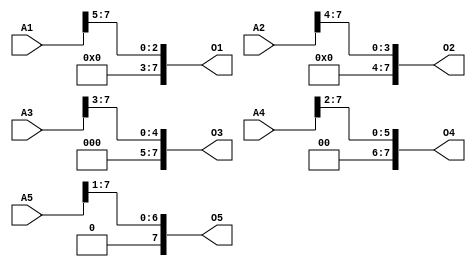
/* Generated by Yosys 0.19+18 (git sha1 08c319fc3, gcc 11.2.0-19ubuntu1 -fPIC -Os) */

module shift(A1, A2, A3, A4, A5, O1, O2, O3, O4, O5);
  input [7:0] A1;
  wire [7:0] A1;
  input [7:0] A2;
  wire [7:0] A2;
  input [7:0] A3;
  wire [7:0] A3;
  input [7:0] A4;
  wire [7:0] A4;
  input [7:0] A5;
  wire [7:0] A5;
  output [7:0] O1;
  wire [7:0] O1;
  output [7:0] O2;
  wire [7:0] O2;
  output [7:0] O3;
  wire [7:0] O3;
  output [7:0] O4;
  wire [7:0] O4;
  output [7:0] O5;
  wire [7:0] O5;
  assign O1 = { 5'h00, A1[7:5] };
  assign O2 = { 4'h0, A2[7:4] };
  assign O3 = { 3'h0, A3[7:3] };
  assign O4 = { 2'h0, A4[7:2] };
  assign O5 = { 1'h0, A5[7:1] };
endmodule